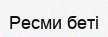
Ресми беті